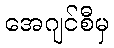
အေဂျင်စီမှ